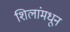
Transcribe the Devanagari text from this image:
शिलांमधून